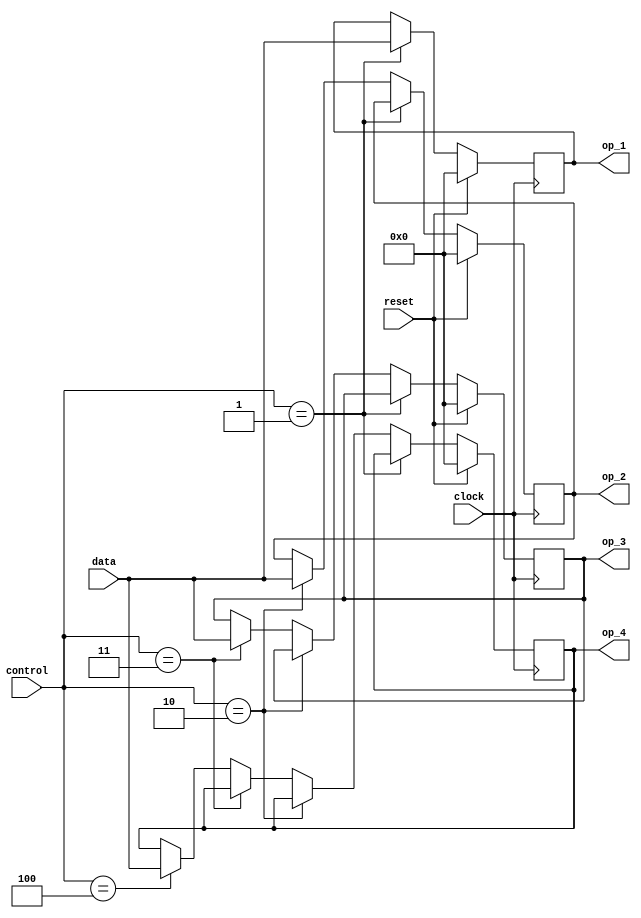
module arbiter #(
                 parameter data_width = 4352 // 256 words * 17 bits per word
                 )
                (
                    input reset,
                    input clock,
                    input [data_width-1:0]data,
                    input [2:0]control,
                    output reg [data_width-1:0]op_1,
                    output reg [data_width-1:0]op_2,
                    output reg [data_width-1:0]op_3,
                    output reg [data_width-1:0]op_4
                 );
    always@(posedge clock)
    begin
        if(reset == 1'b1)
        begin
            op_1 <= 0;
            op_2 <= 0;
            op_3 <= 0;
            op_4 <= 0;
        end
        else
        begin
            if(control == 3'd1)
            begin
                op_1 <= data;
                op_2 <= op_2;
                op_3 <= op_3;
                op_4 <= op_4;
            end
            else if(control == 3'd2)
            begin
                op_1 <= op_1;
                op_2 <= data;
                op_3 <= op_3;
                op_4 <= op_4;
            end
            else if(control == 3'd3)
            begin
                op_1 <= op_1;
                op_2 <= op_2;
                op_3 <= data;
                op_4 <= op_4;
            end
            else if(control == 3'd4)
            begin
                op_1 <= op_1;
                op_2 <= op_2;
                op_3 <= op_3;
                op_4 <= data;
            end         
            else
            begin
                op_1 <= op_1;
                op_2 <= op_2;
                op_3 <= op_3;
                op_4 <= op_4;            
            end
        end
    end
endmodule